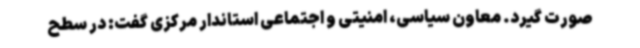
صورت گیرد. معاون سیاسی، امنیتی و اجتماعی استاندار مرکزی گفت: در سطح